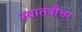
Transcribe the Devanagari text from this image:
स्वातंत्रौत्तर